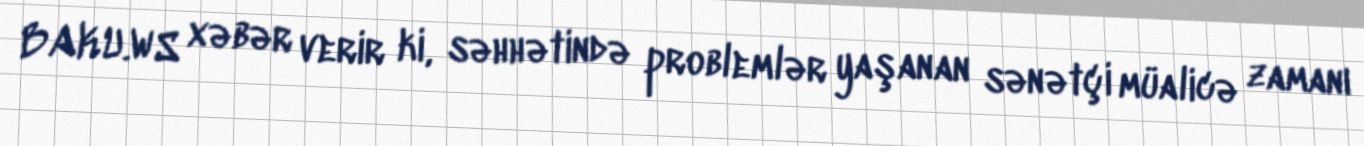
BAKU.WS xəbər verir ki, səhhətində problemlər yaşanan sənətçi müalicə zamanı